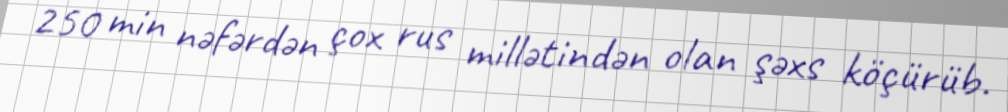
250 min nəfərdən çox rus millətindən olan şəxs köçürüb.